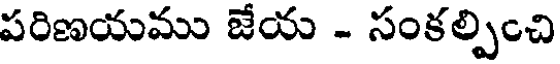
పరిణయము జేయ - సంకల్పించి